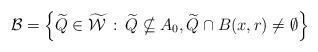
LaTeX: \begin{align*}\mathcal B = \left\{\widetilde Q \in \widetilde{\mathcal W}\,:\, \widetilde Q\nsubseteq A_0,\widetilde Q\cap B(x,r)\neq\emptyset\right\}\end{align*}